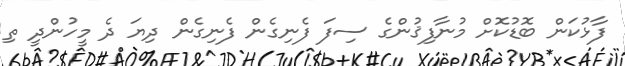
ފާޅުކަން ބޮޑުކޮށް މުނާފިޤުންގެ ސިފަ ފެނިގެން ފެނިގެން ދިޔަ ދެ މީހުންދީ ތި